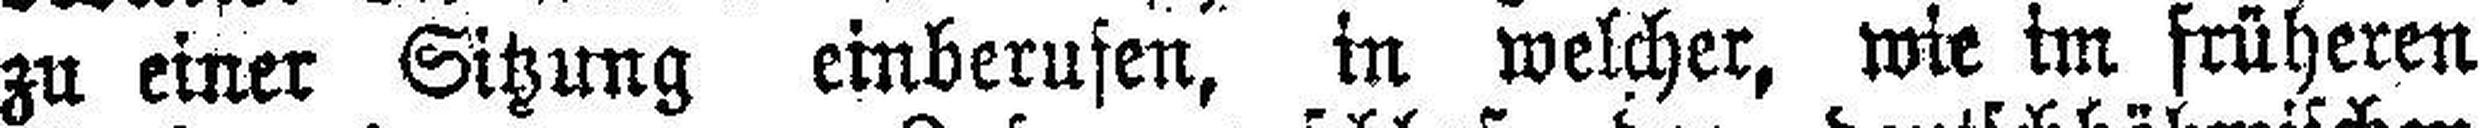
zu einer Sitzung einberufen, in welcher, wie im früheren